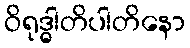
ဝိရုဒ္ဓါတိပါတိနော